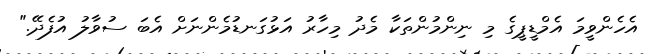
އެހެންވީމަ އެމްޑީޕީގެ މި ނިންމުންތަކާ މެދު މިހާރު އަޅުގަނޑުމެންނަށް އެބަ ސުވާލު އުފެދޭ."